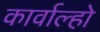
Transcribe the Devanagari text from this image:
कार्वाल्हो